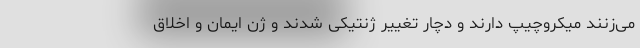
می‌‌زنند میکروچیپ دارند و دچار تغییر ژنتیکی شدند و ژن ایمان و اخلاق